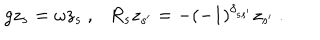
g z _ { s } = \omega z _ { s } ~ , R _ { s } z _ { s ^ { \prime } } = - ( - 1 ) ^ { \delta _ { s s ^ { \prime } } } z _ { s ^ { \prime } } ~ .